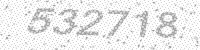
Solution: 532718